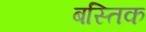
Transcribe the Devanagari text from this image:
बस्तिक